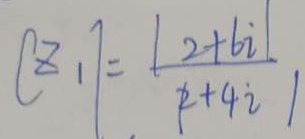
\vert z _ { 1 } \vert = \frac { \vert 2 + 6 i \vert } { \vert 2 + 4 i \vert }